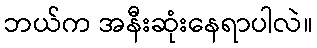
ဘယ်က အနီးဆုံးနေရာပါလဲ။